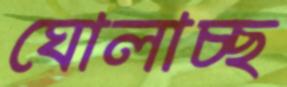
ঘোলাচ্ছ